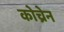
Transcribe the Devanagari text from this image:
कोच्रेन